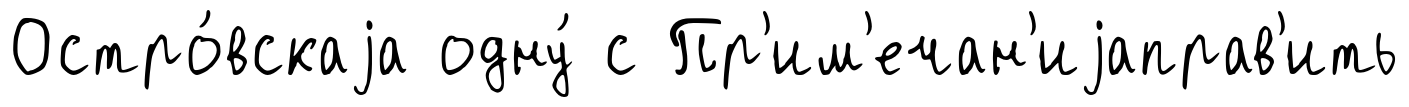
Остро́вскаjа одну́ с Пр'им'ечан'иjаправ'ить